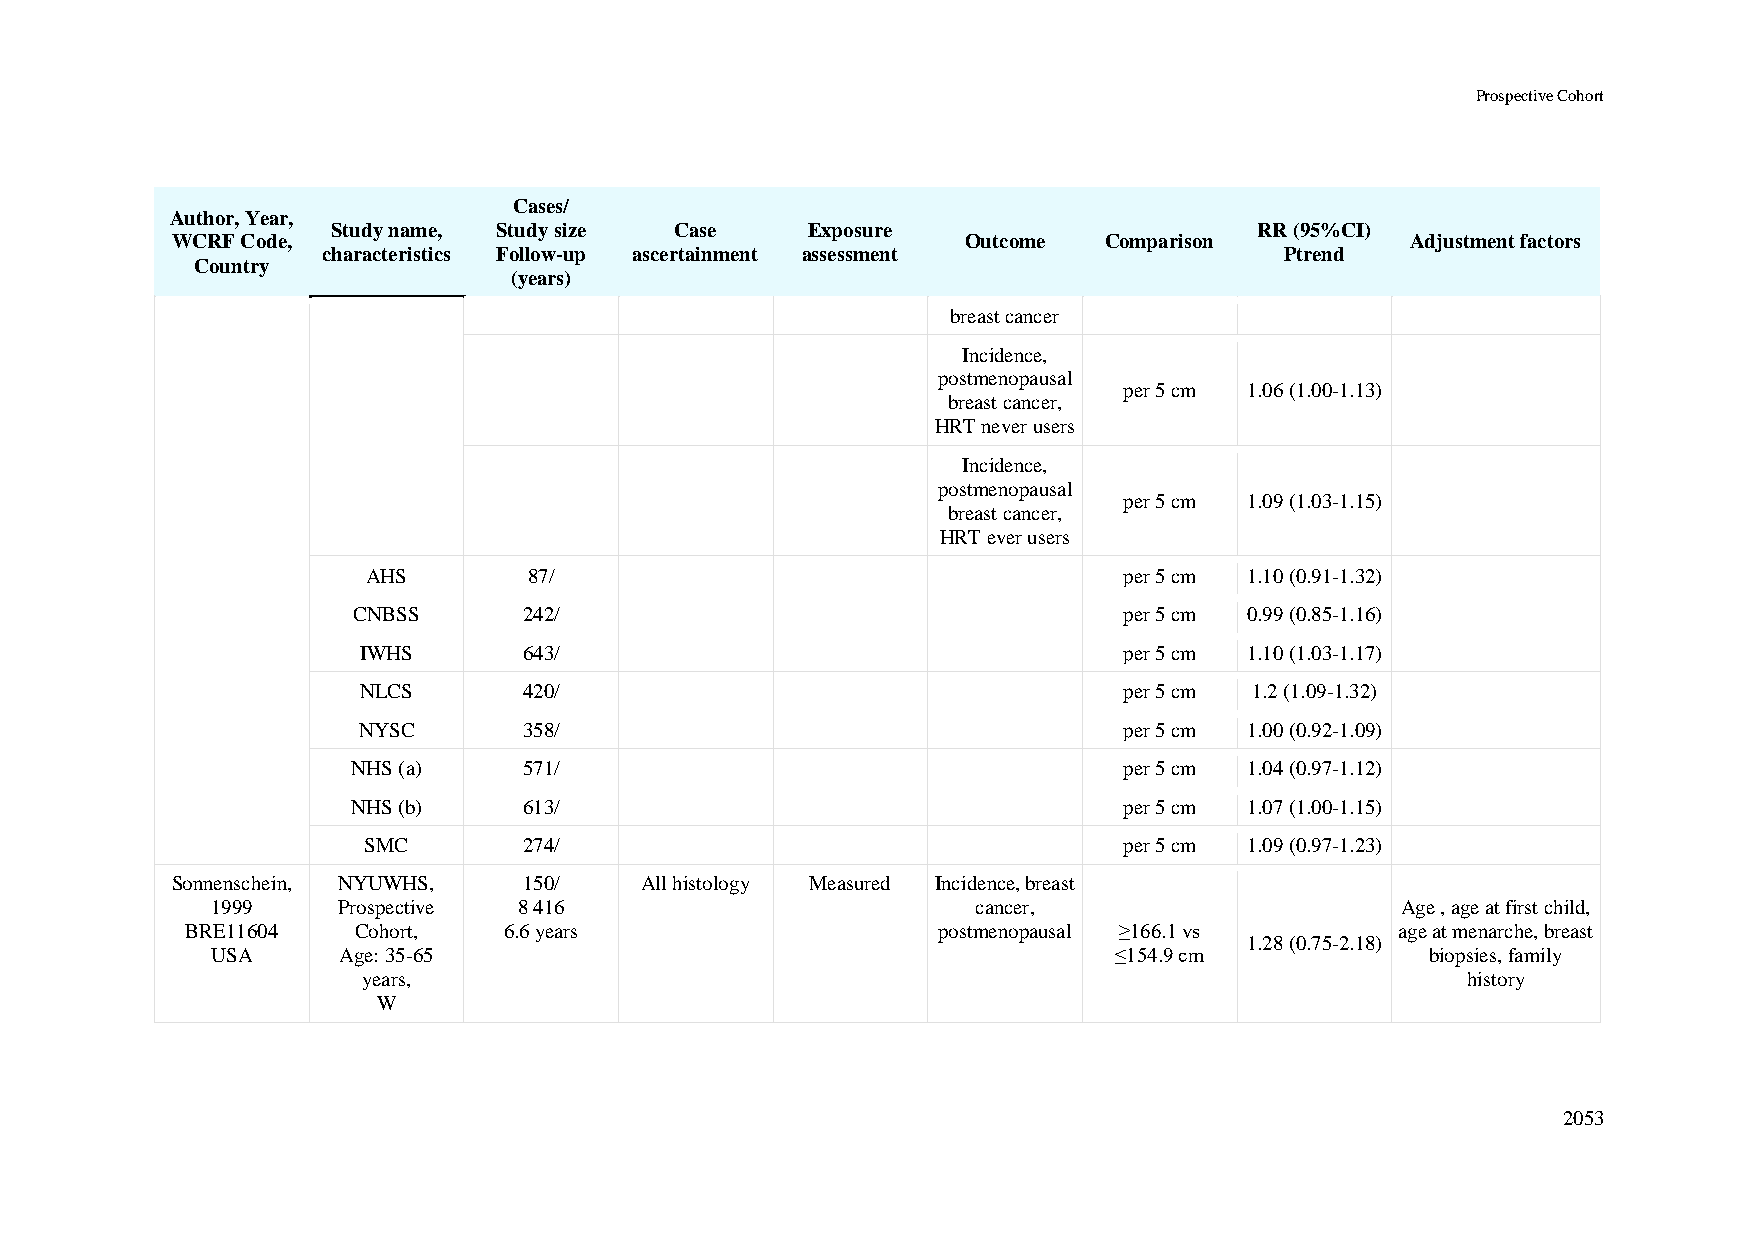
Prospective Cohort
 Cases/
 Author, Year,
 Study name, Study size Case    Exposure                      RR (95%CI)
 WCRF Code,                                           Outcome  Comparison          Adjustment factors
 characteristics Follow-up ascertainment assessment              Ptrend
 Country
 (years)
 breast cancer
 Incidence,
 postmenopausal
 per 5 cm 1.06 (1.00-1.13)
 breast cancer,
 HRT never users
 Incidence,
 postmenopausal
 per 5 cm 1.09 (1.03-1.15)
 breast cancer,
 HRT ever users
 AHS        87/                                    per 5 cm 1.10 (0.91-1.32)
 CNBSS       242/                                   per 5 cm 0.99 (0.85-1.16)
 IWHS       643/                                   per 5 cm 1.10 (1.03-1.17)
 NLCS       420/                                   per 5 cm 1.2 (1.09-1.32)
 NYSC       358/                                   per 5 cm 1.00 (0.92-1.09)
 NHS (a)     571/                                   per 5 cm 1.04 (0.97-1.12)
 NHS (b)     613/                                   per 5 cm 1.07 (1.00-1.15)
 SMC        274/                                   per 5 cm 1.09 (0.97-1.23)
 Sonnenschein, NYUWHS,   150/   All histology Measured Incidence, breast
 1999    Prospective 8 416                          cancer,                     Age , age at first child,
 BRE11604   Cohort,   6.6 years                    postmenopausal ≥166.1 vs       age at menarche, breast
 1.28 (0.75-2.18)
 USA     Age: 35-65                                          ≤154.9 cm            biopsies, family
 years,                                                                   history
 W
 2053